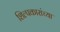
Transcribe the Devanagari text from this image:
शिल्पकारांच्या